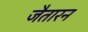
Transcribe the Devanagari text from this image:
जैतारन